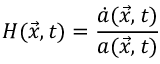
H ( \vec { x } , t ) = \frac { \dot { a } ( \vec { x } , t ) } { a ( \vec { x } , t ) }